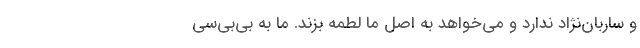
و ساربان‌نژاد ندارد و می‌خواهد به اصل ما لطمه بزند. ما به بی‌بی‌سی